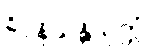
ခိပ္ပနိသန္တိသုတ္တံ